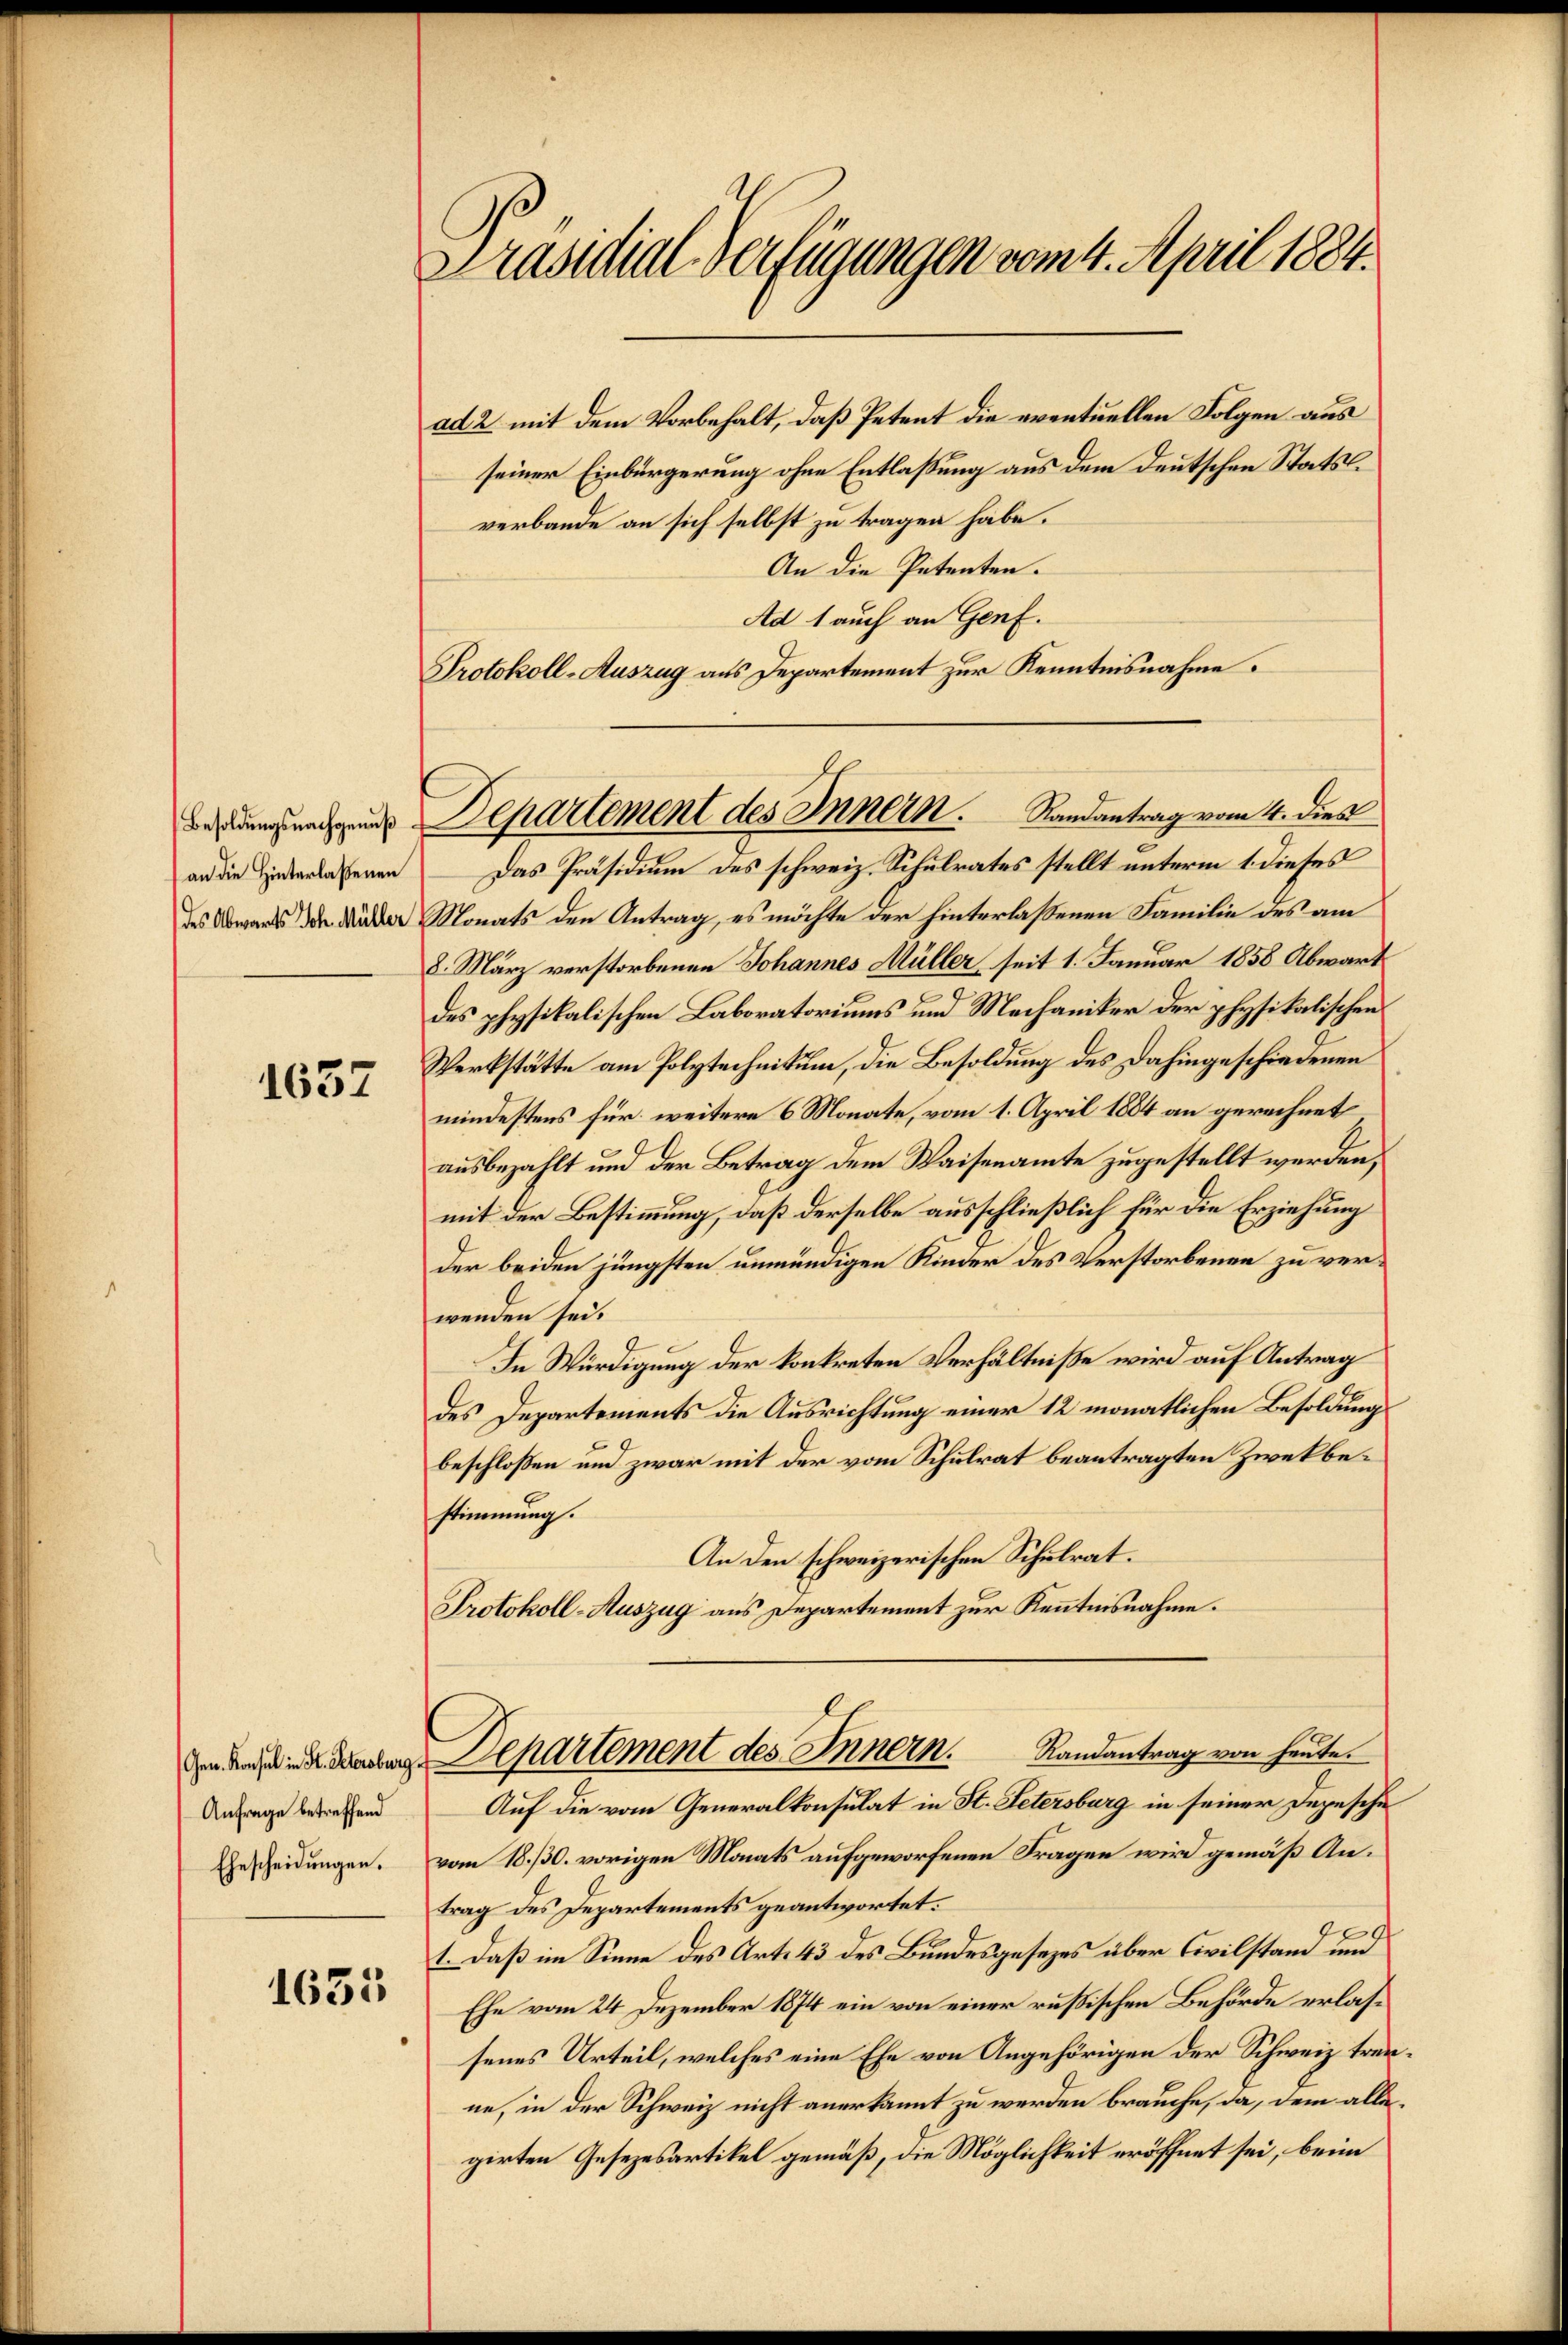
an die Hinterlaßenen

1637

Anfrage betreffend
Ehescheidungen.

1635

Präsidial-Verfügungen vom 4. April 1884.

ad 2 mit dem Vorbehalt, daß Petent die eventuellen Folgen aus
seiner Einbürgerung ohne Entlaßung aus dem Deutschen Statsl
verbande an sich selbst zu tragen habe.
An die Petenten.
Ad 1 auch an Genf.
Protokoll-Auszug aus Departement zur Kenntnisnahme.
Das Präsidium des schweiz. Schulrates stellt unterm 1. dieses
des Abwarts den Wider Monats den Antrag, es möchte der hinterlaßenen Familie des am
8. März verstorbenen Johannes Müller seit 1. Januar 1858 Abwart
des physikalischen Laboratoriums und Mechaniker der physikalischen
Werkstätte am Polytechnikum, die Besoldung des Dahingeschiedenen
mindestens für weitere 6 Monate, vom 1. April 1884 an gerechnet
ausbezahlt und der Betrag dem Waisenamte zugestellt werden,
mit der Bestimmung, daß derselbe ausschließlich für die Erziehung
der beiden jüngsten unmündigen Kinder des Verstorbenen zu verwenden sei.
In Würdigung der konkreten Verhältniße wird auf Antrag
des Departements die Ausrichtung einer 12 monatlichen Besoldung
beschlossen und zwar mit der vom Schulrat beantragten Zwekbestimmung.
An den schweizerischen Schulrat.
Protokoll-Auszug aus Departement zur Kenntnisnahme.
dn den Departement des Innern. Randantrag von heute
Auf die vom Generalkonsulat in St. Petersburg in seiner Depesche
vom 18./30. vorigen Monats aufgeworfenen Fragen wird gemäß Antrag des Departements geantwortet:
1. Daß im Sinne des Art. 43 des Bundesgesezes über Civilstand und
Ehe vom 24 Dezember 1874 ein von einer rußischen Behörde erlassenes Urteil, welches eine Ehe von Angehörigen der Schweiz treine, in der Schweiz nicht anerkannt zu werden brauche, da, dem allegirten Gesezesartikel gemäß, die Möglichkeit eröffnet sei, beim

Bestamentende Departement des Innern. Randantrag vom 4. dies